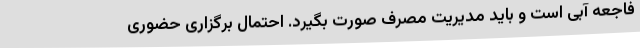
فاجعه آبی است و باید مدیریت مصرف صورت بگیرد. احتمال برگزاری حضوری